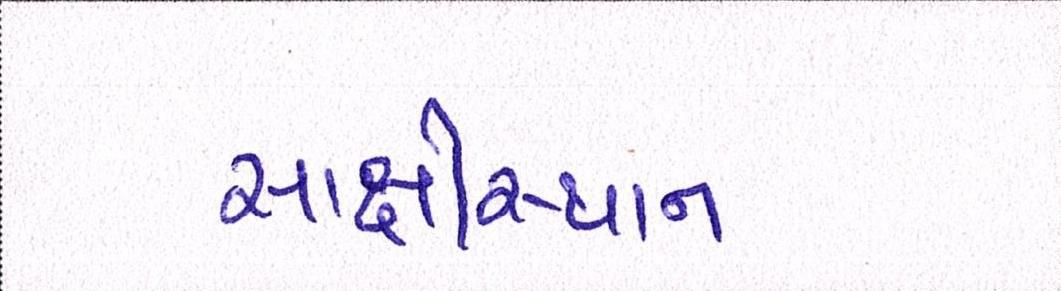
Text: સાક્ષીસ્થાન